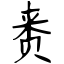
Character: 赉